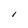
Character: I